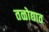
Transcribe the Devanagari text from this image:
तळोद्यात